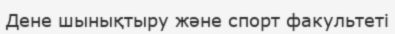
Дене шынықтыру және спорт факультеті